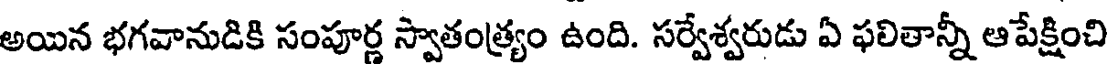
అయిన భగవానుడికి సంపూర్ణ స్వాతంత్ర్యం ఉంది. సర్వేశ్వరుడు ఏ ఫలితాన్నీ ఆపేక్షించి